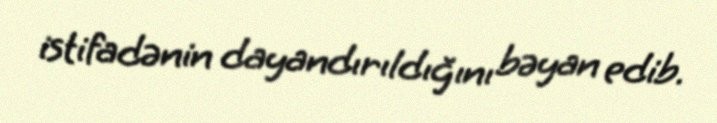
istifadənin dayandırıldığını bəyan edib.